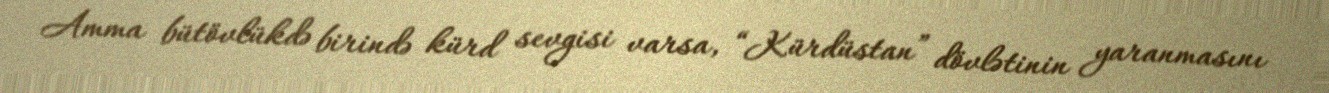
Amma bütövlükdə birində kürd sevgisi varsa, “Kürdüstan” dövlətinin yaranmasını